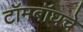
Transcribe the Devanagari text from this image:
टॉमबॉघचे